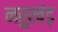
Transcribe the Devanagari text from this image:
नरुखंड़